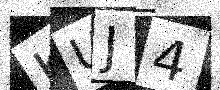
Text: KUJ4